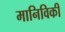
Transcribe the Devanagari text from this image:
मानिविकी